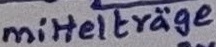
Text: mittelträge